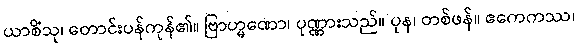
ယာစိံသု၊ တောင်းပန်ကုန်၏။ ဗြာဟ္မဏော၊ ပုဏ္ဏားသည်။ ပုန၊ တစ်ဖန်။ ဧကေကဿ၊